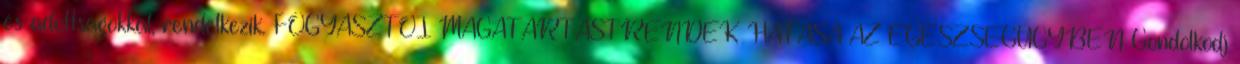
és adottságokkal, rendelkezik. FOGYASZTÓI MAGATARTÁSTRENDEK HATÁSA AZ EGÉSZSÉGÜGYBEN Gondolkodj